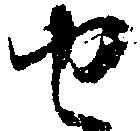
せ